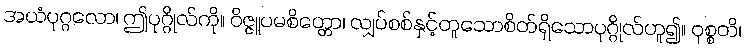
အယံပုဂ္ဂလော၊ ဤပုဂ္ဂိုလ်ကို။ ဝိဇ္ဇူပမစိတ္တော၊ လျှပ်စစ်နှင့်တူသောစိတ်ရှိသောပုဂ္ဂိုလ်ဟူ၍။ ဝုစ္စတိ၊